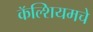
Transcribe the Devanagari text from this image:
कॅल्शियमचे